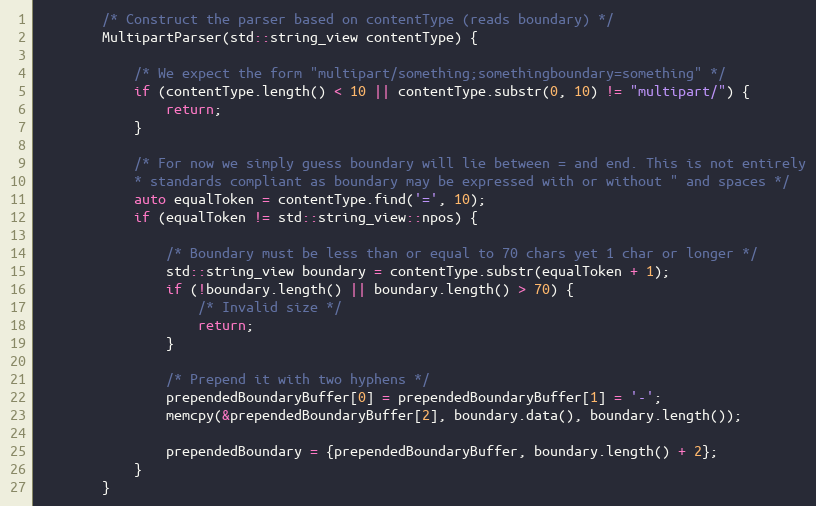
Language: C
        /* Construct the parser based on contentType (reads boundary) */
        MultipartParser(std::string_view contentType) {

            /* We expect the form "multipart/something;somethingboundary=something" */
            if (contentType.length() < 10 || contentType.substr(0, 10) != "multipart/") {
                return;
            }

            /* For now we simply guess boundary will lie between = and end. This is not entirely
            * standards compliant as boundary may be expressed with or without " and spaces */
            auto equalToken = contentType.find('=', 10);
            if (equalToken != std::string_view::npos) {

                /* Boundary must be less than or equal to 70 chars yet 1 char or longer */
                std::string_view boundary = contentType.substr(equalToken + 1);
                if (!boundary.length() || boundary.length() > 70) {
                    /* Invalid size */
                    return;
                }

                /* Prepend it with two hyphens */
                prependedBoundaryBuffer[0] = prependedBoundaryBuffer[1] = '-';
                memcpy(&prependedBoundaryBuffer[2], boundary.data(), boundary.length());

                prependedBoundary = {prependedBoundaryBuffer, boundary.length() + 2};
            }
        }